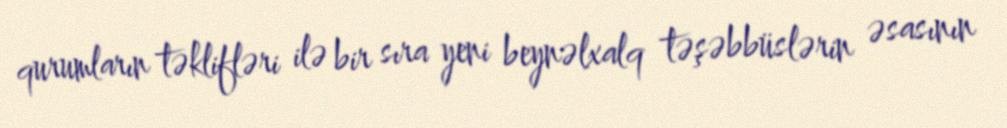
qurumların təklifləri ilə bir sıra yeni beynəlxalq təşəbbüslərin əsasının